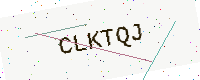
Text: CLKTQJ